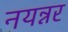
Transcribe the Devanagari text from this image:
नयन्नर